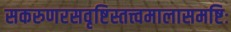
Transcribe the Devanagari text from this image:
सकरुणरसवृष्टिस्तत्त्वमालासमष्टिः